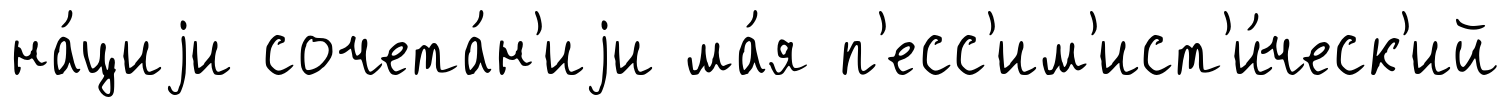
на́циjи сочета́н'иjи ма́я п'есс'им'ист'и́ческ'ий